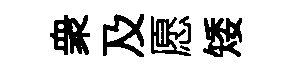
衆及愿矮